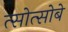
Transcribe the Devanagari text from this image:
त्सोत्सोबे